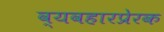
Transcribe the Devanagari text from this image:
व्यवहारप्रेरक